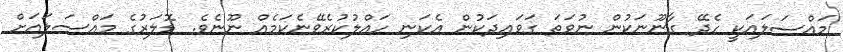
މައްސަލައަކީ ހެދޭ ގާނޫނަކުން ނުވަތަ ގަވައިދަކުން އެކަނި ހައްލުކުރެވޭނެކަމެއް ނޫނެވެ. ޑޮލަރުގެ މައްސަލައަށް